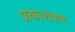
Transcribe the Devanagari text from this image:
प्रकाशकण